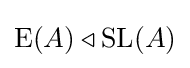
\operatorname {E} (A)\triangleleft \operatorname {SL} (A)